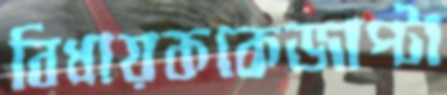
বিধায়ককেজাপ্‌টা